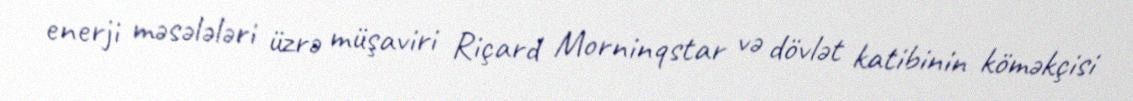
enerji məsələləri üzrə müşaviri Riçard Morninqstar və dövlət katibinin köməkçisi